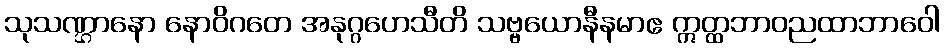
သုသဏ္ဌာနော နောဝိဂတေ အနုဂ္ဂဟေသီတိ သဗ္ဗယောနီနမာဧ ဣတ္ထဘာဝညထာဘာဝေါ